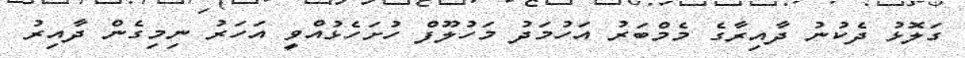
ގަލޮޅު ދެކުނު ދާއިރާގެ މެމްބަރު އަހުމަދު މަހުލޫފް ހުށަހެޅުއްވީ އަހަރު ނިމިގެން ދާއިރު